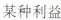
某种利益